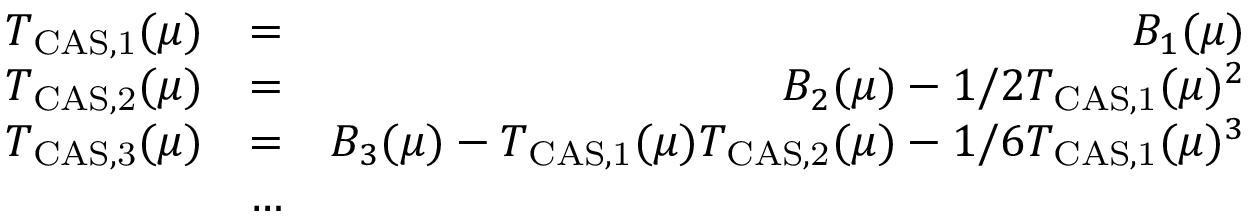
\begin{array} { r l r } { T _ { \mathrm { C A S , 1 } } ( \mu ) } & { = } & { B _ { 1 } ( \mu ) } \\ { T _ { \mathrm { C A S , 2 } } ( \mu ) } & { = } & { B _ { 2 } ( \mu ) - 1 / 2 T _ { \mathrm { C A S , 1 } } ( \mu ) ^ { 2 } } \\ { T _ { \mathrm { C A S , 3 } } ( \mu ) } & { = } & { B _ { 3 } ( \mu ) - T _ { \mathrm { C A S , 1 } } ( \mu ) T _ { \mathrm { C A S , 2 } } ( \mu ) - 1 / 6 T _ { \mathrm { C A S , 1 } } ( \mu ) ^ { 3 } } \\ & { \ldots } & \end{array}